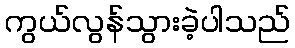
ကွယ်လွန်သွားခဲ့ပါသည်